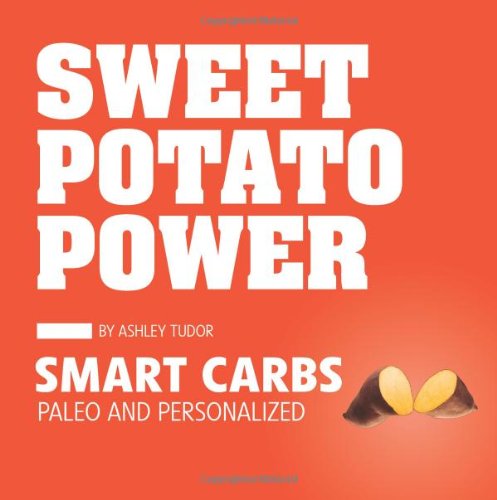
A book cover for Sweet Potato Power: Smart Carbs; Paleo and Personalized; Ashley Tudor; Cookbooks, Food & Wine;